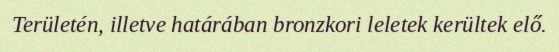
Területén, illetve határában bronzkori leletek kerültek elő.